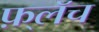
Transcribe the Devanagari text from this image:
फ़्लॅच